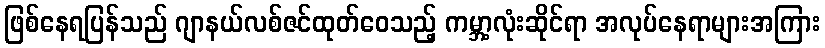
ဖြစ်နေရပြန်သည် ဂျာနယ်လစ်ဇင်ထုတ်ဝေသည့် ကမ္ဘာ့လုံးဆိုင်ရာ အလုပ်နေရာများအကြား